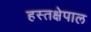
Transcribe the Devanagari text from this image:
हस्तक्षेपाल